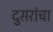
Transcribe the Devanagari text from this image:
दुसरांचा